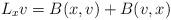
LaTeX: \begin{align*} L_x v = B(x,v) + B(v,x)\end{align*}